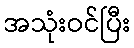
အသုံးဝင်ပြီး